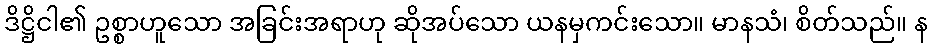
ဒိဋ္ဌိငါ၏ ဥစ္စာဟူသော အခြင်းအရာဟု ဆိုအပ်သော ယနမှကင်းသော။ မာနသံ၊ စိတ်သည်။ န